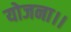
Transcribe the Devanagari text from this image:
योजना।।